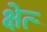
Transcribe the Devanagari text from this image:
क्षेत्र्‍